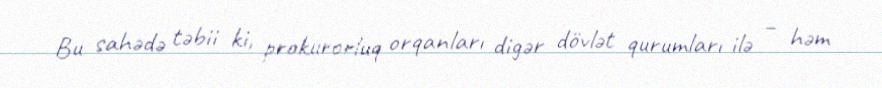
Bu sahədə təbii ki, prokurorluq orqanları digər dövlət qurumları ilə – həm